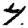
Digit: 4